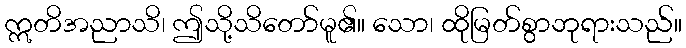
ဣတိအညာသိ၊ ဤသို့သိတော်မူ၏။ သော၊ ထိုမြတ်စွာဘုရားသည်။